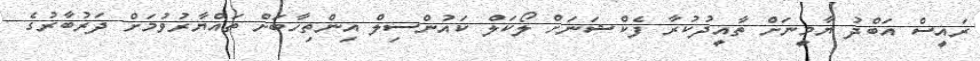
ރައީސް އަބްދު ޔާމީނަށް ތާއީދުކުރާ ފެކްޝަނަށް ލޯކަލް ކައުންސިލް އިންތިހާބަށް ތައްޔާރުވުމަށް ދަރުބާރުގެ